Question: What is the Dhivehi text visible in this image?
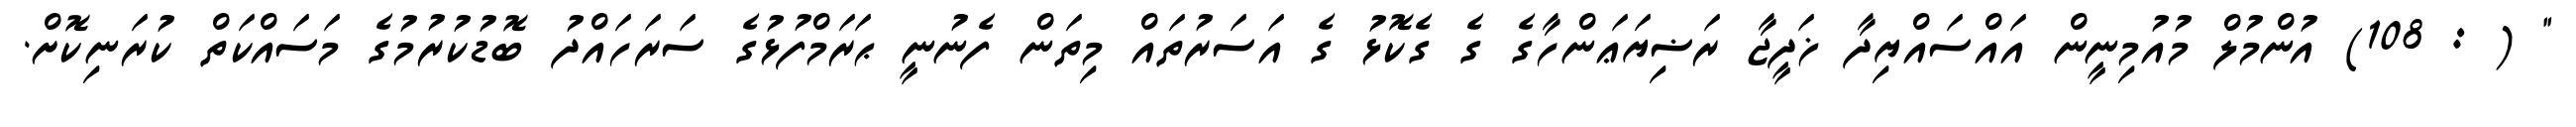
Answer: " ( : 108) އުންމުލް މުއުމިނީން އައްސައްޔިދާ ޚަދީޖާ ރަޟިޔަޢަންހާގެ ގެ ގެކޮޅު ގެ އަސަރުތައް މިތަން ފެނުނީ ޙަރަމްފުޅުގެ ސަރަހައްދު ބޮޑުކުރުމުގެ މަސައްކަތް ކުރަނިކޮށް.